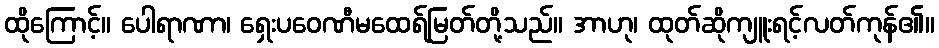
ထိုကြောင့်။ ပေါရာဏာ၊ ရှေးပဝေဏီမထေရ်မြတ်တို့သည်။ အာဟု၊ ထုတ်ဆိုကျူးရင့်လတ်ကုန်၏။